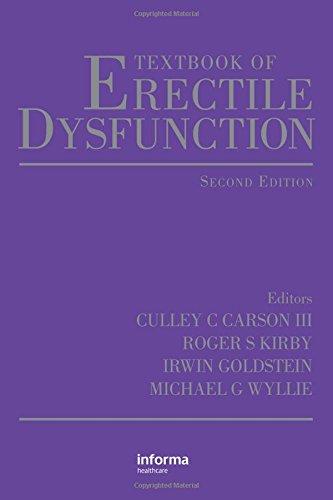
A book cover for Textbook of Erectile Dysfunction,Second Edition; Health, Fitness & Dieting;